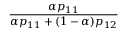
\frac { \alpha p _ { 1 1 } } { \alpha p _ { 1 1 } + ( 1 - \alpha ) p _ { 1 2 } }